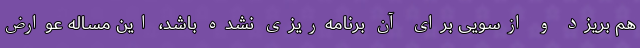
هم بریزد و ازسویی برای آن برنامه‌ریزی نشده باشد، این مساله عوارض